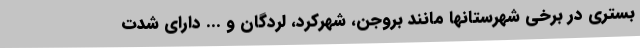
بستری در برخی شهرستانها مانند بروجن، شهرکرد، لردگان و ... دارای شدت